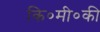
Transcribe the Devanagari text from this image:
कि०मी०की